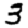
Digit: 3